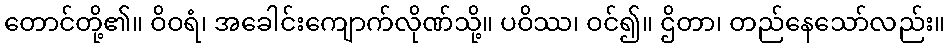
တောင်တို့၏။ ဝိဝရံ၊ အခေါင်းကျောက်လိုဏ်သို့။ ပဝိဿ၊ ဝင်၍။ ဌိတာ၊ တည်နေသော်လည်း။